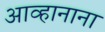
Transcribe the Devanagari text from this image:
आव्हानाना